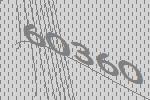
60360